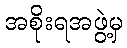
အစိုးရအဖွဲ့မှ